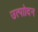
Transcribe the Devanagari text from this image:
उत्पाोदन